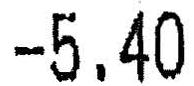
-5.40